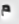
م